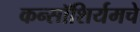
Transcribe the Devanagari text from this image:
कन्सॉशिर्यमचे